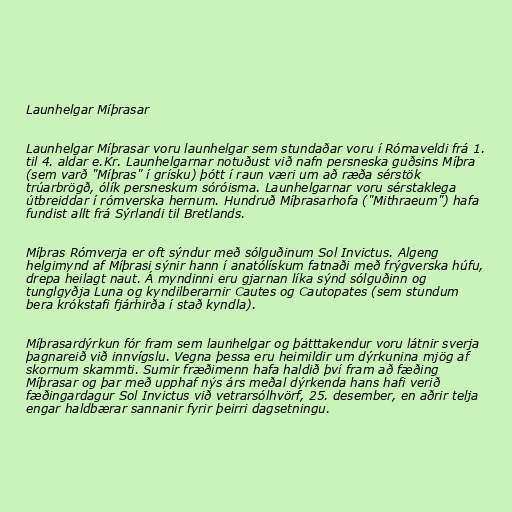
Launhelgar Míþrasar

Launhelgar Míþrasar voru launhelgar sem stundaðar voru í Rómaveldi frá 1.
til 4. aldar e.Kr. Launhelgarnar notuðust við nafn persneska guðsins Míþra
(sem varð "Míþras" í grísku) þótt í raun væri um að ræða sérstök
trúarbrögð, ólík persneskum sóróisma. Launhelgarnar voru sérstaklega
útbreiddar í rómverska hernum. Hundruð Míþrasarhofa ("Mithraeum") hafa
fundist allt frá Sýrlandi til Bretlands.

Míþras Rómverja er oft sýndur með sólguðinum Sol Invictus. Algeng
helgimynd af Míþrasi sýnir hann í anatólískum fatnaði með frýgverska húfu,
drepa heilagt naut. Á myndinni eru gjarnan líka sýnd sólguðinn og
tunglgyðja Luna og kyndilberarnir Cautes og Cautopates (sem stundum
bera krókstafi fjárhirða í stað kyndla).

Míþrasardýrkun fór fram sem launhelgar og þátttakendur voru látnir sverja
þagnareið við innvígslu. Vegna þessa eru heimildir um dýrkunina mjög af
skornum skammti. Sumir fræðimenn hafa haldið því fram að fæðing
Míþrasar og þar með upphaf nýs árs meðal dýrkenda hans hafi verið
fæðingardagur Sol Invictus við vetrarsólhvörf, 25. desember, en aðrir telja
engar haldbærar sannanir fyrir þeirri dagsetningu.